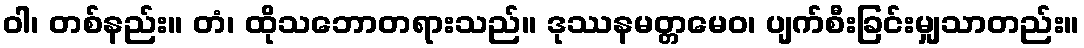
ဝါ၊ တစ်နည်း။ တံ၊ ထိုသဘောတရားသည်။ ဒုဿနမတ္တမေဝ၊ ပျက်စီးခြင်းမျှသာတည်း။